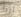
تريد